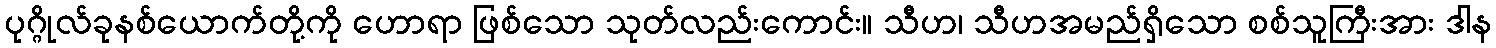
ပုဂ္ဂိုလ်ခုနစ်ယောက်တို့ကို ဟောရာ ဖြစ်သော သုတ်လည်းကောင်း။ သီဟ၊ သီဟအမည်ရှိသော စစ်သူကြီးအား ဒါန